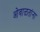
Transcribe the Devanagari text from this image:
ओवाळतांना